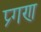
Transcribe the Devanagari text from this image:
प्र्गण